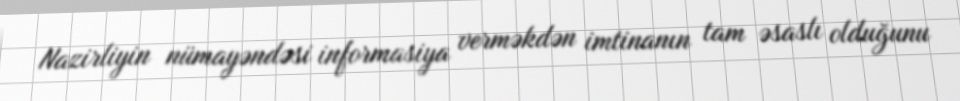
Nazirliyin nümayəndəsi informasiya verməkdən imtinanın tam əsaslı olduğunu